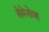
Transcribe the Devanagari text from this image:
सेमेनोव्ह